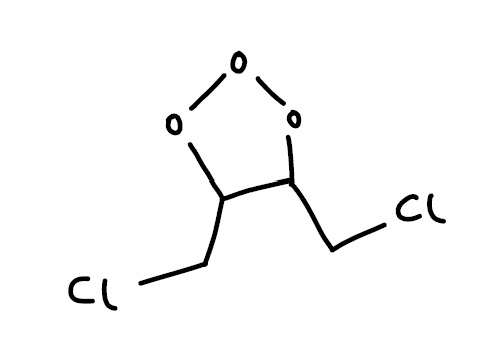
Simplified molecular-input line-entry system (SMILES) notation of the given molecule:
C(C1C(OOO1)CCl)Cl